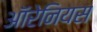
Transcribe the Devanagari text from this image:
ऑरेनियस